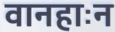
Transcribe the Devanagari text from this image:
वानहाःन